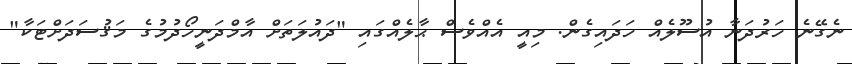
ނެގޭނެ ހަރުދަނާ އުސޫލެއް ހަދައިގެން. މިއީ އެއްވެސް ޙާލެއްގައި "ދައުލަތަށް އާމްދަނީހޯދުމުގެ މަޤުސަދަށްޓަކާ"